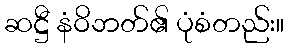
ဆဋ္ဌီ နံဝိဘတ်၏ ပုံစံတည်း။